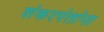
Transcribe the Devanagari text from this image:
शंकरपंतांना